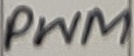
Text: PWM